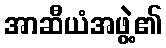
အာဆီယံအဖွဲ့၏